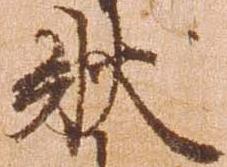
状